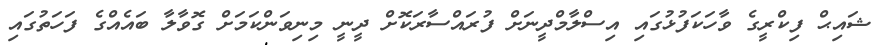
ޝައިޙް ފިކްރީގެ ވާހަކަފުޅުގައި އިސްލާމްދީނަށް ފުރައްސާރަކޮށް ދީނީ މިނިވަންކަމަށް ގޮވާލާ ބައެއްގެ ފަހަތުގައި